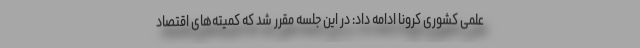
علمی کشوری کرونا ادامه داد: در این جلسه مقرر شد که کمیته‌های اقتصاد